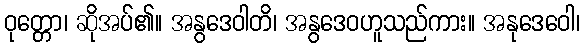
ဝုတ္တော၊ ဆိုအပ်၏။ အနွဒေဝါတိ၊ အနွဒေဝဟူသည်ကား။ အနုဒေဝေါ၊